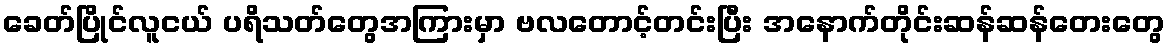
ခေတ်ပြိုင်လူငယ် ပရိသတ်တွေအကြားမှာ ဗလတောင့်တင်းပြီး အနောက်တိုင်းဆန်ဆန်တေးတွေ